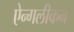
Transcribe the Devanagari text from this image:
ऐन्गलीकन